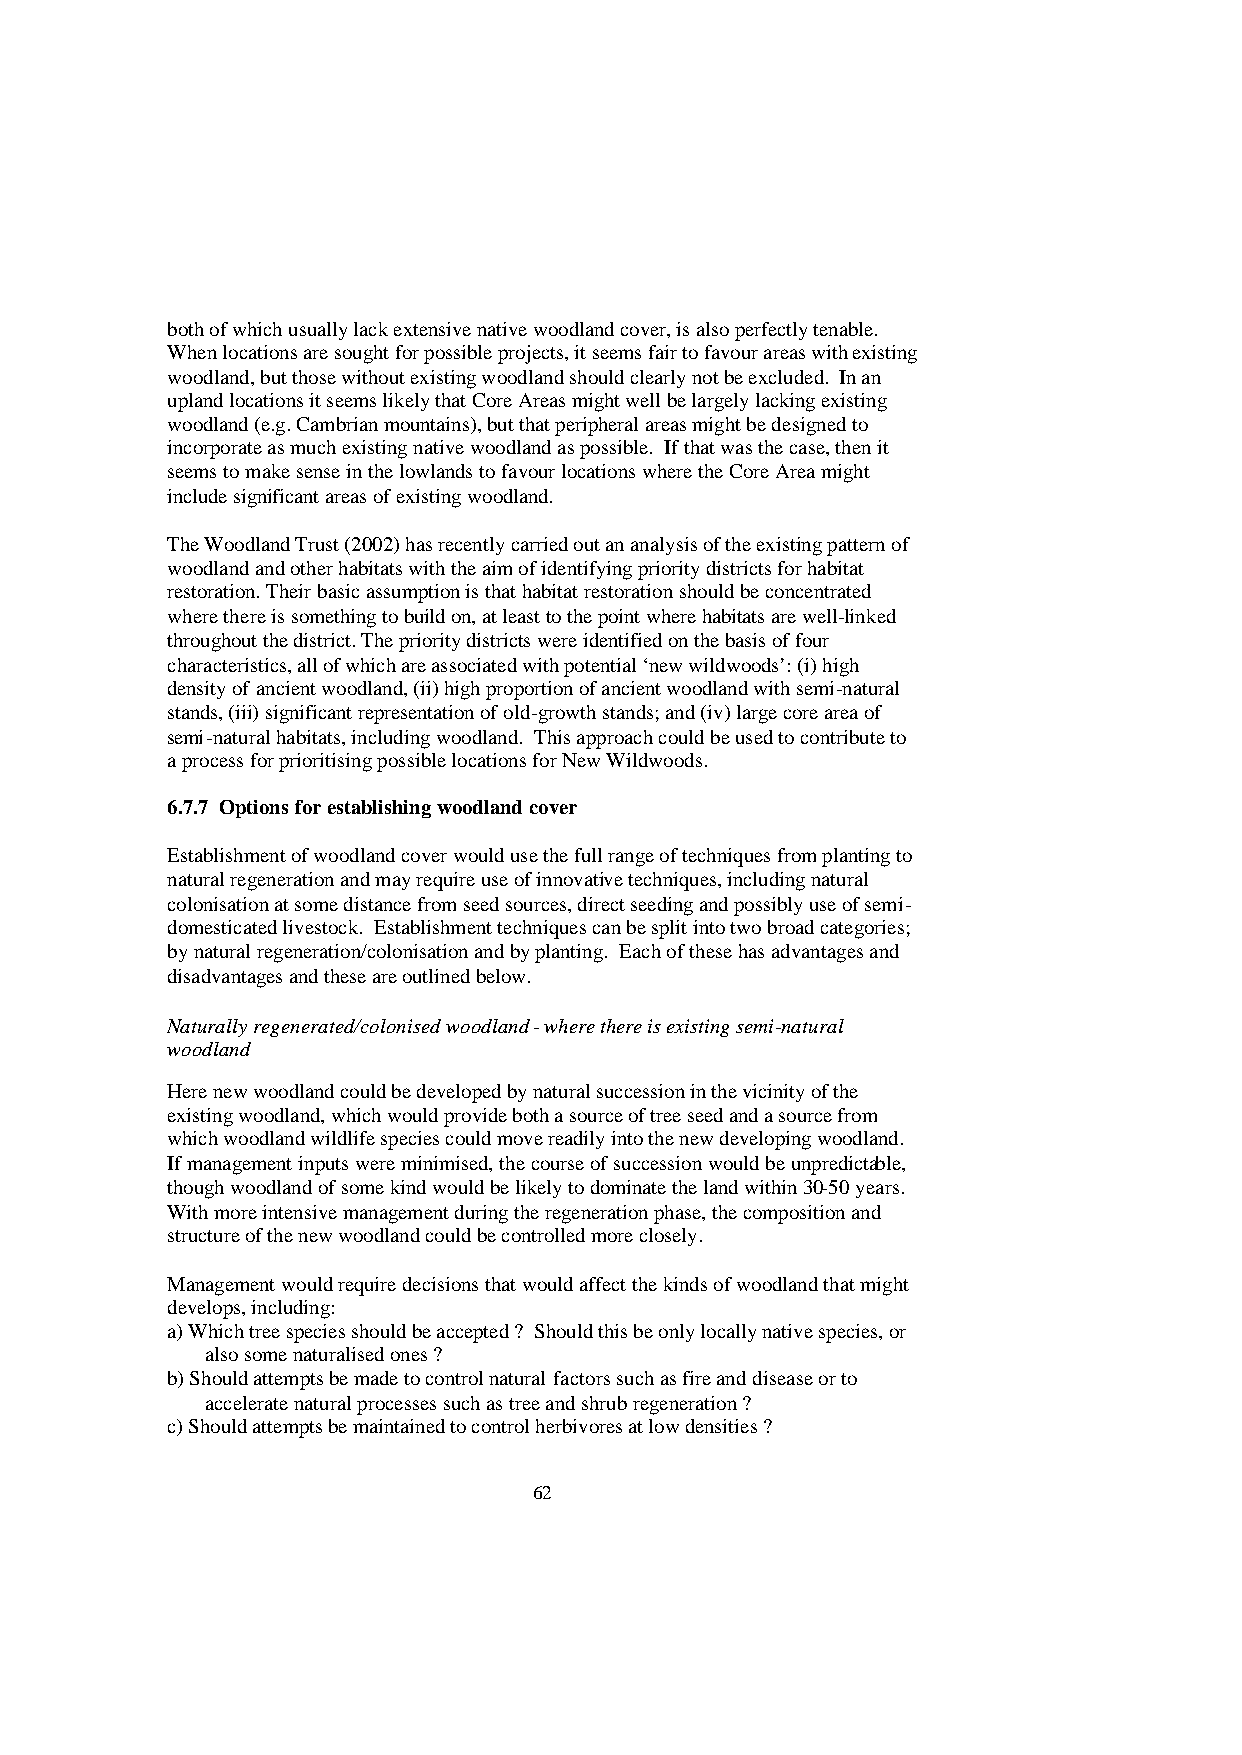
both of which usually lack extensive native woodland cover, is also perfectly tenable.
 When locations are sought for possible projects, it seems fair to favour areas with existing
 woodland, but those without existing woodland should clearly not be excluded. In an
 upland locations it seems likely that Core Areas might well be largely lacking existing
 woodland (e.g. Cambrian mountains), but that peripheral areas might be designed to
 incorporate as much existing native woodland as possible. If that was the case, then it
 seems to make sense in the lowlands to favour locations where the Core Area might
 include significant areas of existing woodland.
 The Woodland Trust (2002) has recently carried out an analysis of the existing pattern of
 woodland and other habitats with the aim of identifying priority districts for habitat
 restoration. Their basic assumption is that habitat restoration should be concentrated
 where there is something to build on, at least to the point where habitats are well-linked
 throughout the district. The priority districts were identified on the basis of four
 characteristics, all of which are associated with potential ‘new wildwoods’: (i) high
 density of ancient woodland, (ii) high proportion of ancient woodland with semi-natural
 stands, (iii) significant representation of old-growth stands; and (iv) large core area of
 semi-natural habitats, including woodland. This approach could be used to contribute to
 a process for prioritising possible locations for New Wildwoods.
 6.7.7 Options for establishing woodland cover
 Establishment of woodland cover would use the full range of techniques from planting to
 natural regeneration and may require use of innovative techniques, including natural
 colonisation at some distance from seed sources, direct seeding and possibly use of semi-
 domesticated livestock. Establishment techniques can be split into two broad categories;
 by natural regeneration/colonisation and by planting. Each of these has advantages and
 disadvantages and these are outlined below.
 Naturally regenerated/colonised woodland - where there is existing semi-natural
 woodland
 Here new woodland could be developed by natural succession in the vicinity of the
 existing woodland, which would provide both a source of tree seed and a source from
 which woodland wildlife species could move readily into the new developing woodland.
 If management inputs were minimised, the course of succession would be unpredictable,
 though woodland of some kind would be likely to dominate the land within 30-50 years.
 With more intensive management during the regeneration phase, the composition and
 structure of the new woodland could be controlled more closely.
 Management would require decisions that would affect the kinds of woodland that might
 develops, including:
 a) Which tree species should be accepted ? Should this be only locally native species, or
 also some naturalised ones ?
 b) Should attempts be made to control natural factors such as fire and disease or to
 accelerate natural processes such as tree and shrub regeneration ?
 c) Should attempts be maintained to control herbivores at low densities ?
 62